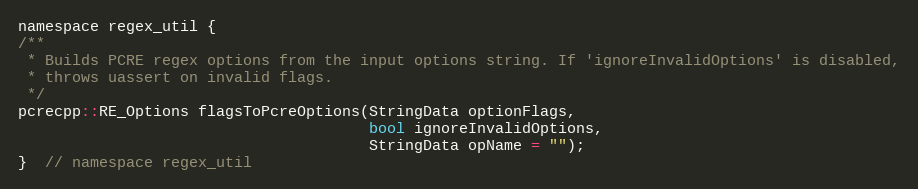
Language: C
namespace regex_util {
/**
 * Builds PCRE regex options from the input options string. If 'ignoreInvalidOptions' is disabled,
 * throws uassert on invalid flags.
 */
pcrecpp::RE_Options flagsToPcreOptions(StringData optionFlags,
                                       bool ignoreInvalidOptions,
                                       StringData opName = "");
}  // namespace regex_util